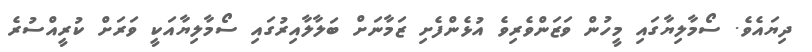
ދިޔައެވެ. ސޯމާލިޔާގައި މީހުން ވަޒަންވެރިވެ އުޅެންފެށި ޒަމާނަށް ބަލާލާއިރުގައި ސޯމާލިޔާއަކީ ވަރަށް ކުރީއްސުރެ